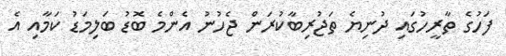
ފަހުގެ ތާރީހުގައި ދުނިޔެ ތަޖުރިބާކުރަން ޖެހުނު އެންމެ ބޮޑު ބަލިމަޑު ކަމާއި އެ